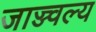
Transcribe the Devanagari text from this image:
जाज्ज्वल्य